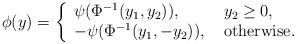
LaTeX: \begin{align*}\phi(y)=\left\{\begin{array}{ll}\psi(\Phi^{-1}(y_1,y_2)), & \mbox{ } y_2 \geq 0,\\- \psi(\Phi^{-1}(y_1,-y_2)), & \mbox{ otherwise}.\end{array}\right.\end{align*}